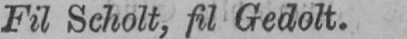
Fil Scholt, fil Gedolt.